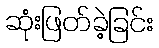
ဆုံးဖြတ်ခဲ့ခြင်း